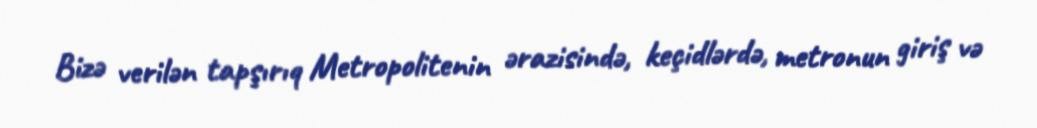
Bizə verilən tapşırıq Metropolitenin ərazisində, keçidlərdə, metronun giriş və